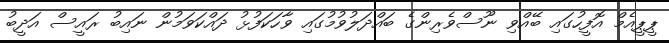
ޕީޕީއެމް އޮފީހުގައި ބޭއްވި ނޫސްވެރިންގެ ބައްދަލުވުމުގައި ވާހަކަފުޅު ދައްކަވަމުން ނައިބު ރައީސް އަދީބު